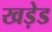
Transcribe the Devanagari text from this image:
खड़ेड